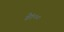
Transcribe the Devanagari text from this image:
ते१००